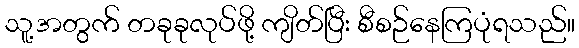
သူ့အတွက် တခုခုလုပ်ဖို့ ကျိတ်ပြီး စီစဉ်နေကြပုံရသည်။